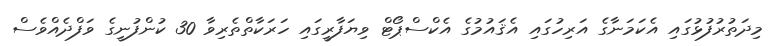
މިދަތުރުފުޅުގައި އެކަމަނާގެ އަރިހުގައި އެޤައުމުގެ އެކްސްޕޯޓް ވިޔަފާރީގައި ހަރަކާތްތެރިވާ 30 ކުންފުނީގެ ވަފްދެއްވެސް